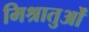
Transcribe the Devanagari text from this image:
मिश्रातुओं